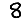
Digit: 8